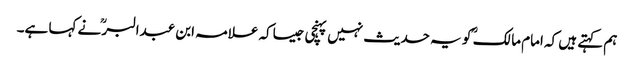
ہم کہتے ہیں کہ امام مالک ؒ کو یہ حدیث نہیں پہنچی جیساکہ علامہ ابن عبدالبرؒ نے کہا ہے۔